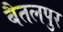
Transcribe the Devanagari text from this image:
बैतलपुर